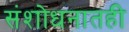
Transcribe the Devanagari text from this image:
संशोधनातही